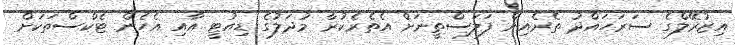
އިޒުރޭލްގެ ސަރަހައްދު ތެރެއިން ފަލަސްތީނަށް އެތެރެކުރާ މުދަލުގެ ޑިއުޓީ އާއި އެހެން ޓެކްސްތަކަށް